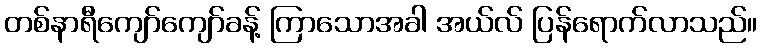
တစ်နာရီကျော်ကျော်ခန့် ကြာသောအခါ အယ်လ် ပြန်ရောက်လာသည်။